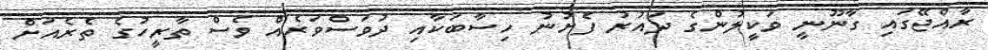
ރާއްޖޭގައި ގާނޫނީ ވަކީލުންގެ ދައުރު ފެށުނު ހިސާބަކާއި ދުވަސްވަރެއް ވެސް ތާރީހުގެ ތެރެއަށް